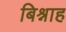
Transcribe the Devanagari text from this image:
बिश्नाह